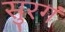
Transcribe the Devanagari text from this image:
सुरगं